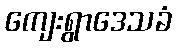
ကျေးရွာဒေသခံ